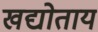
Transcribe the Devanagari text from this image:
खद्योताय